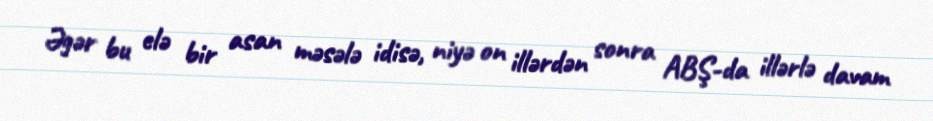
Əgər bu elə bir asan məsələ idisə, niyə on illərdən sonra ABŞ-da illərlə davam